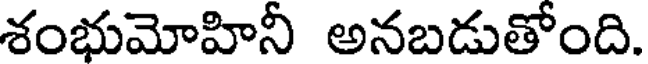
శంభుమోహినీ అనబడుతోంది.